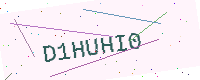
Text: D1HUHI0